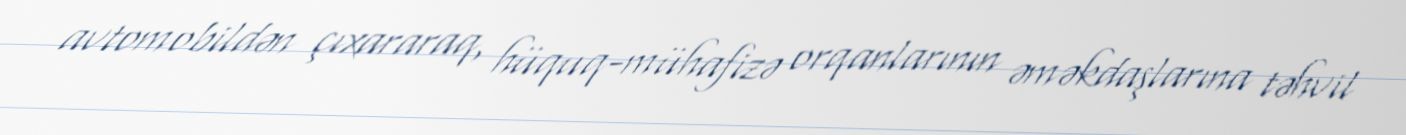
avtomobildən çıxararaq, hüquq-mühafizə orqanlarının əməkdaşlarına təhvil